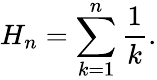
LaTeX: H_{n}=\sum_{k=1}^{n}{\frac{1}{k}}.